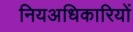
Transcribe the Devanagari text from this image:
नियअधिकारियों